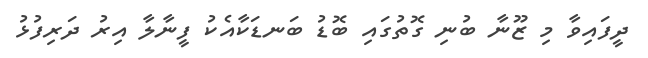
ދީފައިވާ މި ޒޫނާ ބުނި ގޮތުގައި ބޮޑު ބަނޑަކާއެކު ފީނާލާ އިރު ދަރިފުޅު